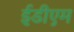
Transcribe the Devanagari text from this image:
ईडीएम